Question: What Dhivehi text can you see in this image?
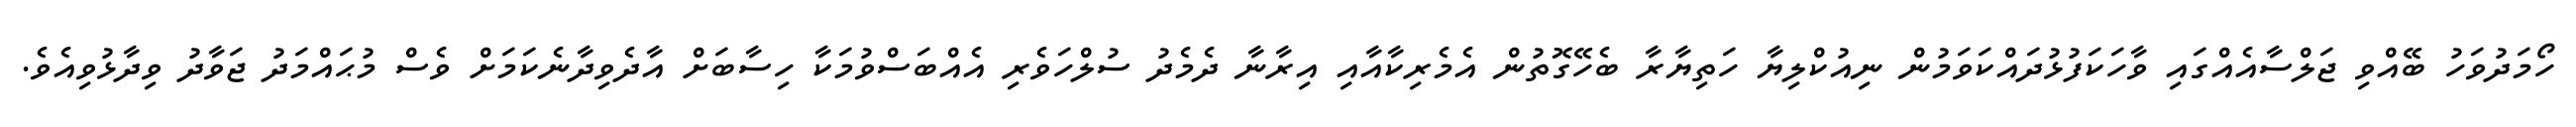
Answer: ހޯމަދުވަހު ބޭއްވި ޖަލްސާއެއްގައި ވާހަކަފުޅުދައްކަވަމުން ނިއުކްލިޔާ ހަތިޔާރާ ބެހޭގޮތުން އެމެރިކާއާއި އިރާނާ ދެމެދު ސުލްހަވެރި އެއްބަސްވުމަކާ ހިސާބަށް އާދެވިދާނެކަމަށް ވެސް މުޙައްމަދު ޖަވާދު ވިދާޅުވިއެވެ.